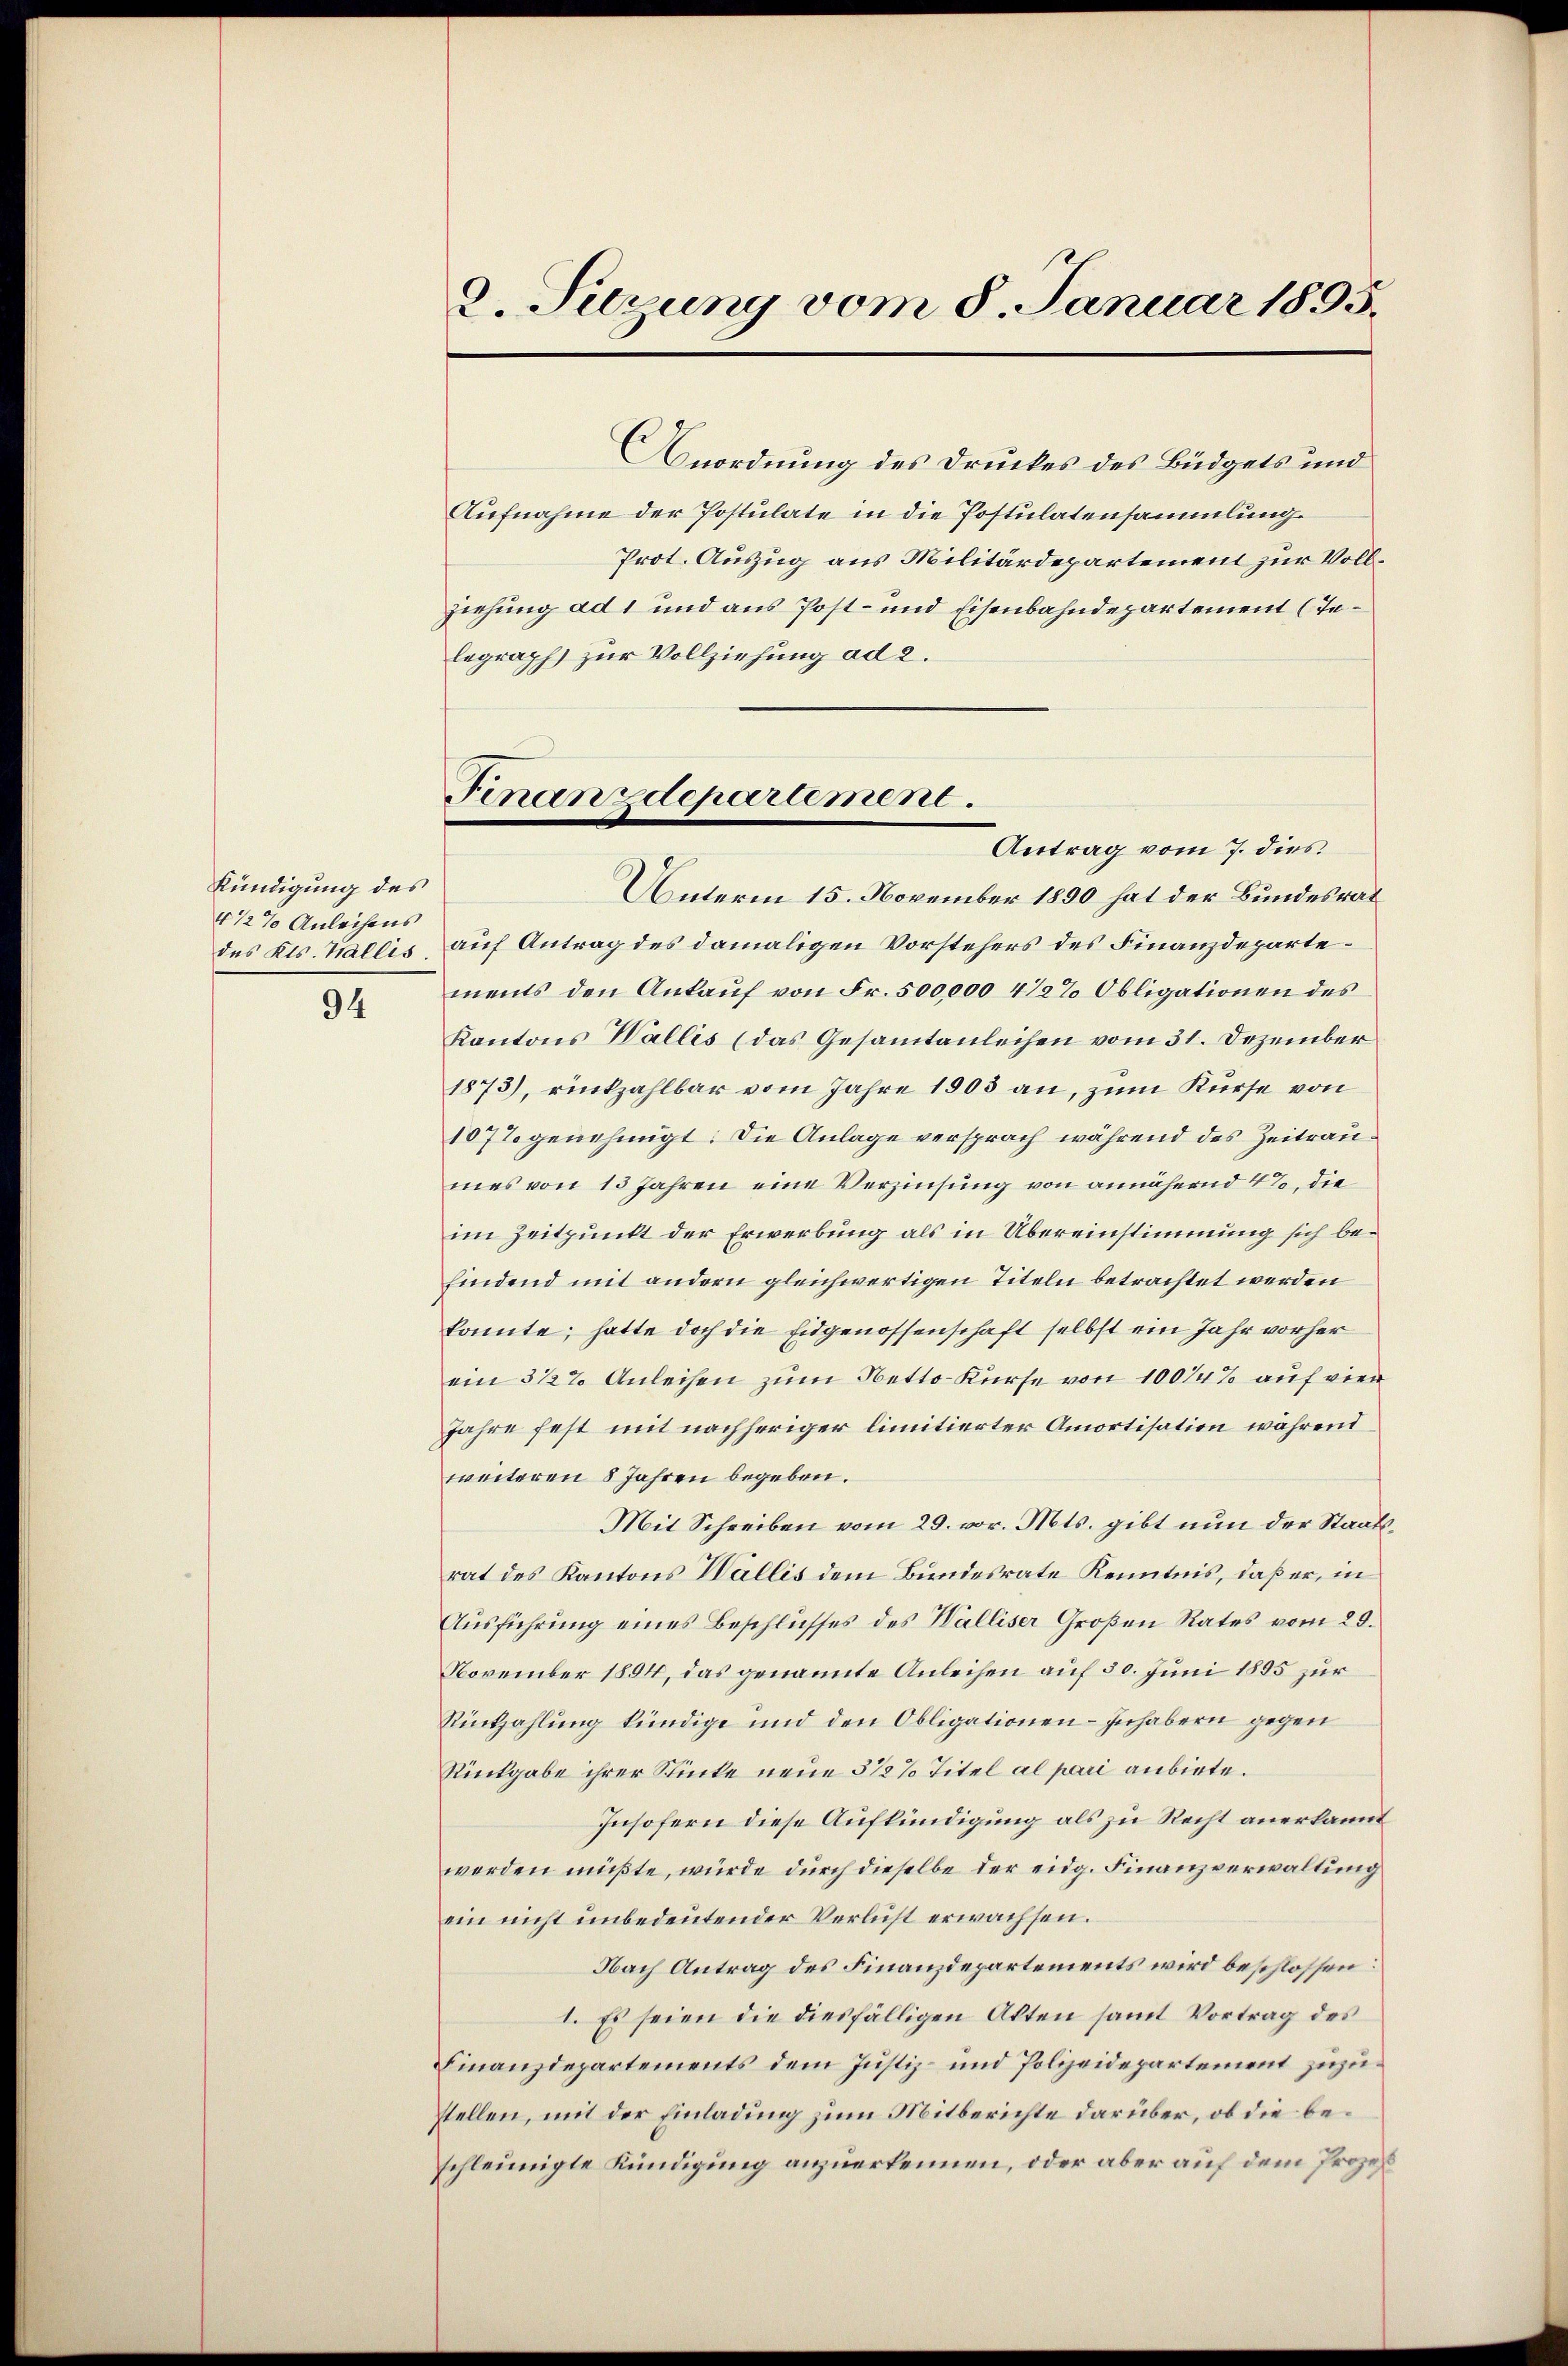
Kündigung des
4 1/2% Anleihens

94

Anordnung des Druckes des Büdgets und
Aufnahme der Postulate in die Postulatensammlung.
Prot. Auszug aus Militärdepartement zur Vollziehung ad 1 und aus Post- und Eisenbahndepartement (Telegraph zur Vollziehung ad 2.
Antrag vom 7. dies
Unterm 15. November 1890 hat der Bundesrat
des Kts. Wallis auf Antrag des damaligen Vorstehers des Finanzdepartements den Ankauf von Fr. 500,000 4 1/2% Obligationen des
Kantons Wallis (das Gesamtanleihen vom 31. Dezember
1873), rückzahlbar vom Jahre 1903 an, zum Kurse von
1077 genehmigt: Die Anlage versprach während des Zeitraumes von 13 Jahren eine Verzinsung von annähernd 4%, die
im Zeitpunkt der Erwerbung als in Übereinstimmung sich befindend mit andern gleichwertigen Titeln betrachtet werden
konnte; hatte doch die Eidgenossenschaft selbst ein Jahr vorher
ein 3 1/2% Anleihen zum Netto-Kurse von 10014% auf vier
Jahre fest mit nachheriger limitierter Amortisation während
weiteren 8 Jahren begeben.
Mit Schreiben vom 29. vor. Mts. gibt nun der Staatsrat des Kantons Wallis dem Bundesrate Kenntnis, daß er, in
Aŭsführŭng eines Beschlŭsses des Walliser Großen Rates vom 29.
November 1894, das genannte Anleihen auf 30. Juni 1895 zur
Rükzahlung kündige und den Obligationen Inhabern gegen
Rückgabe ihrer Stücke neue 5 1/2% Titel al pari anbiete.
Insofern diese Aufkündigung als zu Recht anerkannt
werden müßte, würde durch dieselbe der eidg. Finanzverwaltung
ein nicht unbedeutender Verlust erwachsen.
Nach Antrag des Finanzdepartements wird beschlossen:
I. Es seien die diesfälligen Akten samt Vortrag des
Finanzdepartements dem Justiz- und Polizeidepartement zuzustellen, mit der Einladung zum Mitberichte darüber, ob die beschleunigte Kündigung anzuerkennen, oder aber auf dem Prozeß

2. Setzung vom 8. Januar 1895.

Finanzdepartement.